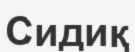
Сидиқ